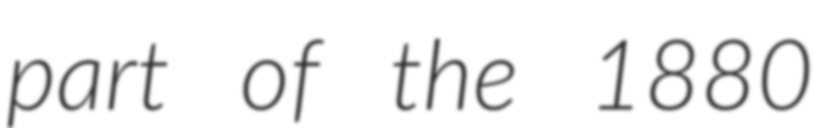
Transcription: part of the 1880